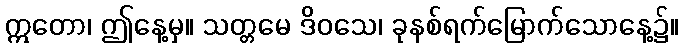
ဣတော၊ ဤနေ့မှ။ သတ္တမေ ဒိဝသေ၊ ခုနစ်ရက်မြောက်သောနေ့၌။